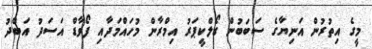
މީގެ އިތުރުން އަނިޔާގެ ސަބަބުން ގޯލްކީޕަރު އިމްރާން މުހައްމަދާއި ފޯވާޑް އަސަދު އަބްދު